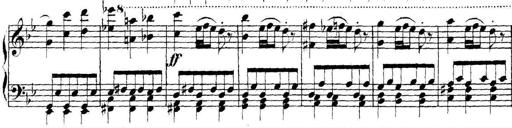
Title: Collected Piano Sonatas
Composer: Muzio Clementi